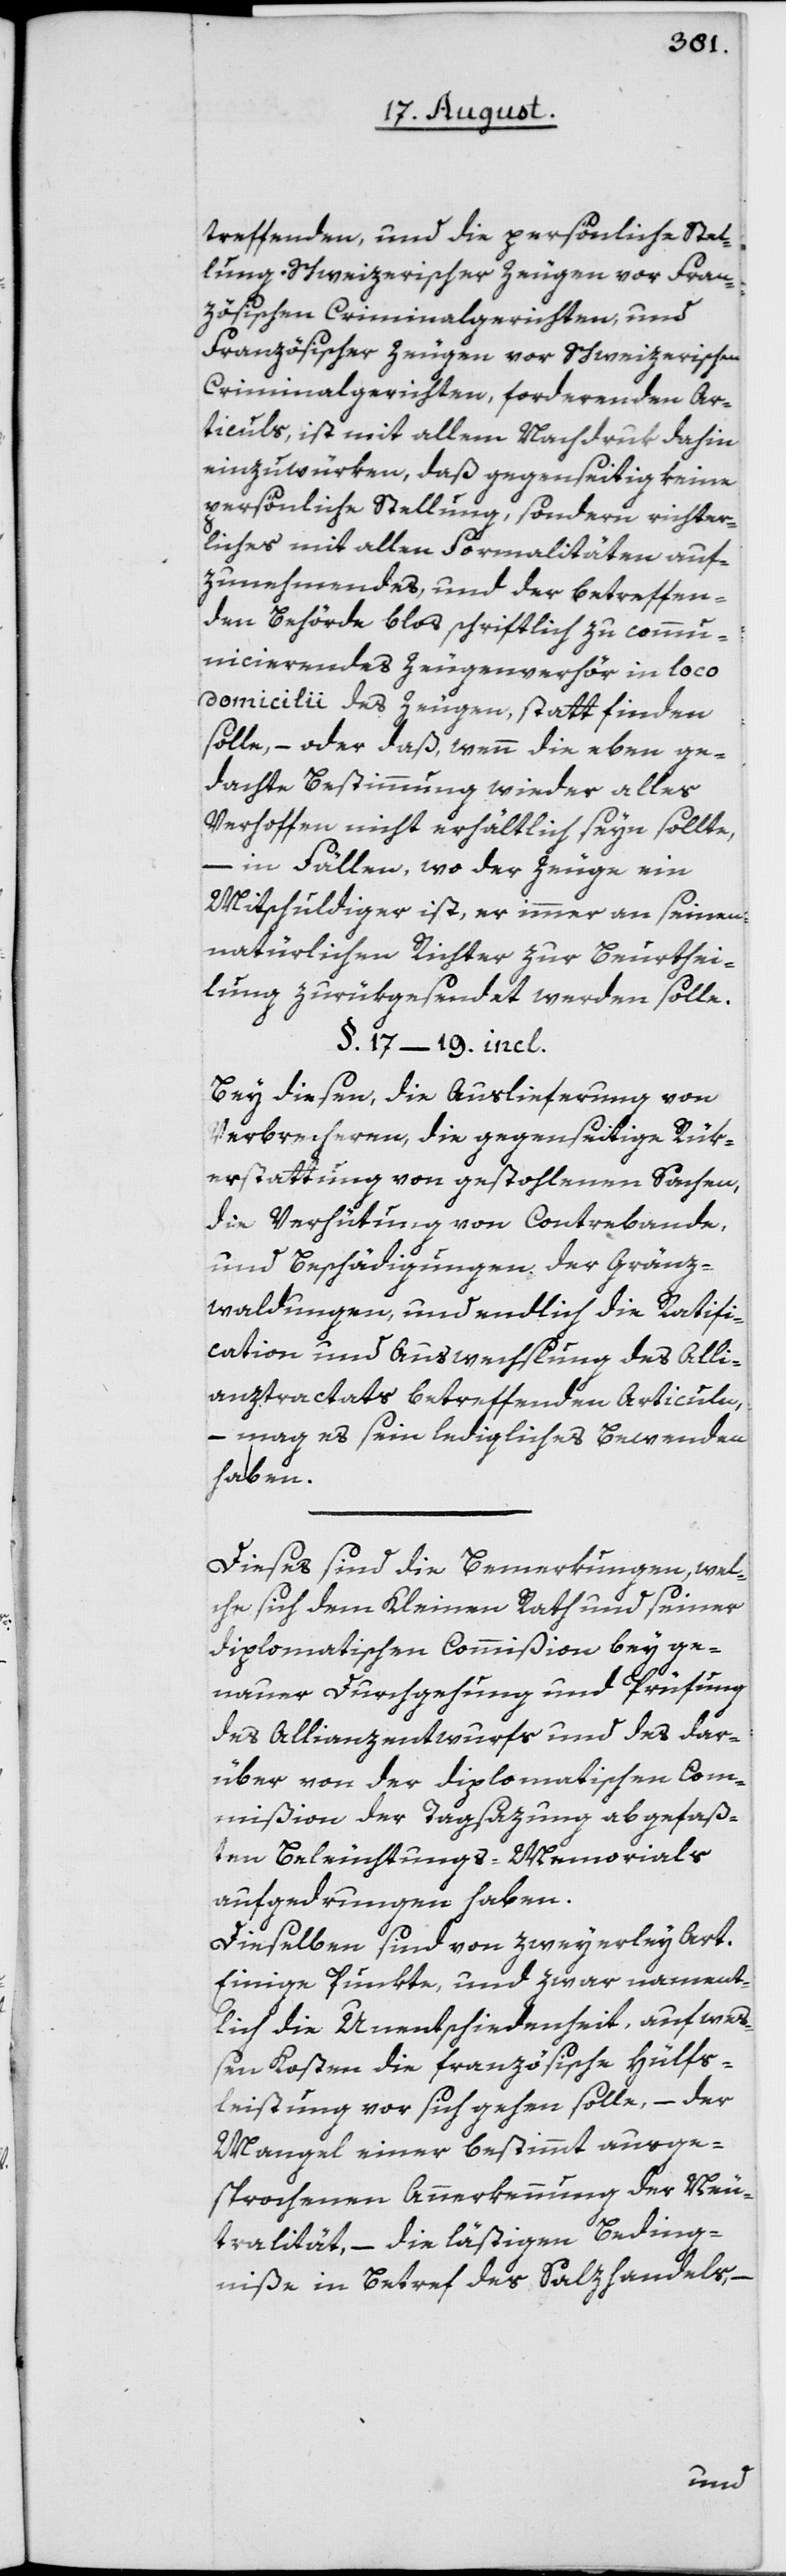
treffenden, und die persönliche Stel¬
lung Schweizerischer Zeugen vor Fran¬
zösischen Criminalgerichten, und
Französischer Zeugen vor Schweizerischen
Criminalgerichten, forderenden Ar¬
ticuls, ist mit allem Nachdruk dahin
einzuwürken, daß gegenseitig keine
persönliche Stellung, sondern richter¬
liches mit allen Formalitäten auf¬
zunehmendes, und der betreffen¬
den Behörde blos schriftlich zu commu¬
nicierendes Zeugenverhör in loco
domicilii des Zeugen, statt finden
solle, – oder daß, wenn die eben ge¬
dachte Bestimmung wieder alles
Verhoffen nicht erhältlich seyn sollte,
in Fällen, wo der Zeuge ein
Mitschuldiger ist, er immer an seinen
natürlichen Richter zur Beurthei¬
lung zurükgesendet werden solle.
§. 17 – 19. incl.
Bey diesen, die Auslieferung von
Verbrecheren, die gegenseitige Rük¬
erstattung von gestohlenen Sachen,
die Verhütung von Contrebande,
und Beschädigungen der Gränz¬
waldungen, und endlich die Ratifi¬
cation und Auswechslung des Alli¬
anztractats betreffenden Articuln,
– mag es sein ledigliches Bewenden
haben.
Dieses sind die Bemerkungen, wel¬
che sich dem Kleinen Rath und seiner
diplomatischen Commißion bey ge¬
nauer Durchgehung und Prüfung
des Allianzentwurfs und des dar¬
über von der diplomatischen Com¬
mißion der Tagsazung abgefaß¬
ten Beleuchtungs-Memorials
aufgedrungen haben.
Dieselben sind von zweyerley Art.
Einige Punkte, und zwar nament¬
lich die Unentschiedenheit, auf weß¬
en Kosten die französische Hülfs¬
leistung vor sich gehen solle, – der
Mangel einer bestimmt ausge¬
sprochenen Anerkennung der Neu¬
tralität, – die lästigen Beding¬
niße in Betref des Salzhandels,